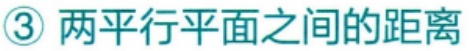
\textcircled{3} 两平行平面之间的距离